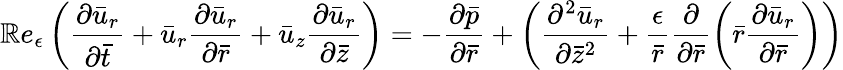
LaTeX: \mathbb{R}e_{\epsilon}\left(\frac{{{\partial}\bar{{u}}_{r}}}{{{\partial}\bar{{t}}}}+\bar{{u}}_{r}\frac{{{\partial}\bar{{u}}_{r}}}{{{\partial}\bar{{r}}}}+\bar{{u}}_{z}\frac{{{\partial}\bar{{u}}_{r}}}{{{\partial}\bar{{z}}}}\right)=-\frac{{{\partial}\bar{{p}}}}{{{\partial}\bar{{r}}}}+\left(\frac{{{\partial}^{2}\bar{{u}}_{r}}}{{{\partial}\bar{{z}}^{2}}}+\frac{{\epsilon}}{{\bar{{r}}}}\frac{{{\partial}}}{{{\partial}\bar{{r}}}}\left(\bar{{r}}\frac{{{\partial}\bar{{u}}_{r}}}{{{\partial}\bar{{r}}}}\right)\right)